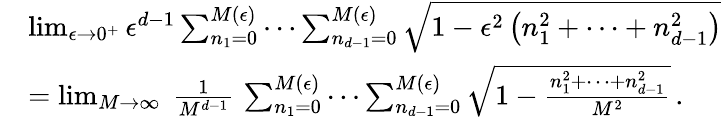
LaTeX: \begin{array}{rl}&{\operatorname*{lim}_{\epsilon\rightarrow 0^{+}}{\epsilon^{d-1}\sum_{n_{1}=0}^{M\left(\epsilon\right)}\cdots\sum_{n_{d-1}=0}^{M\left(\epsilon\right)}\sqrt{1-\epsilon^{2}\left(n_{1}^{2}+\cdots+n_{d-1}^{2}\right)}}}\\ &{=\operatorname*{lim}_{M\rightarrow\infty}{\ \frac{1}{M^{d-1}}\, \sum_{n_{1}=0}^{M\left(\epsilon\right)}\cdots\sum_{n_{d-1}=0}^{M\left(\epsilon\right)}\sqrt{1-\frac{n_{1}^{2}+\cdots+n_{d-1}^{2}}{M^{2}}}}\, .}\end{array}